NAE_ERA_R-1590_ENSV_Riiklik_Televisiooni-_ja_Raadiokomitee, lk 5
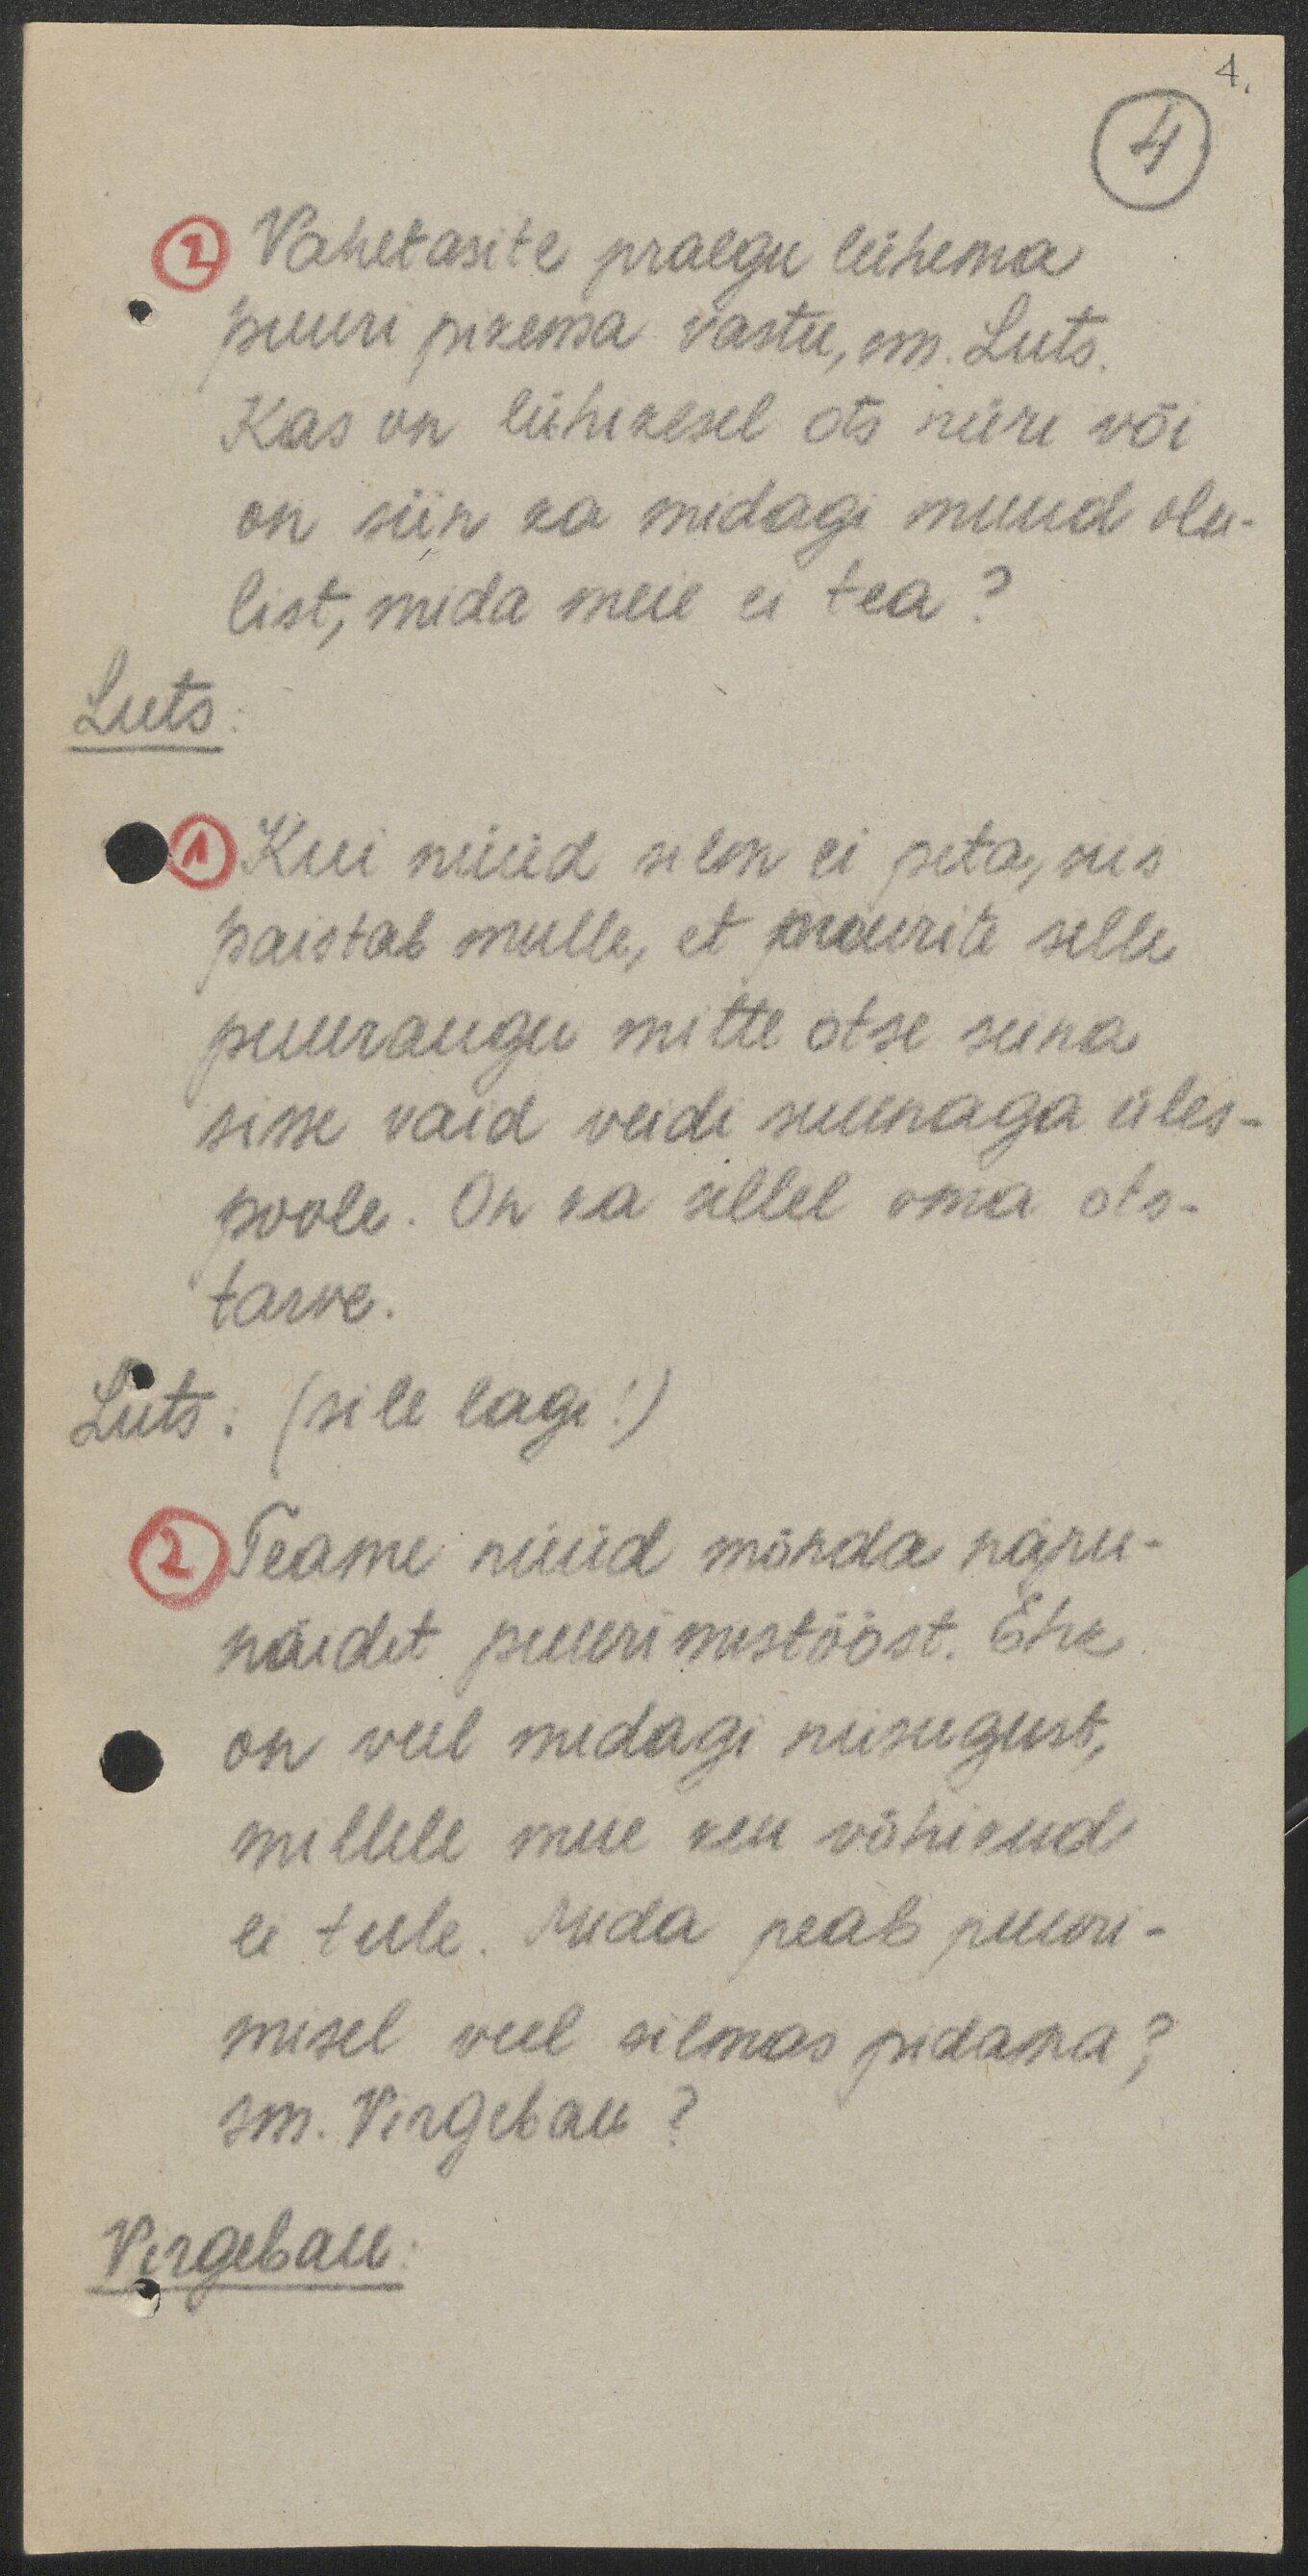
4.
4.
2 Vahetasite praegu lühema
puuri pikema vastu, sm. Luts.
Kas on lühikesel ots nüri või
on siin ka midagi muud olu-
list, mida meie ei tea?
Luts:
1 Kui nüüd silm ei peta, siis
paistab mulle, et puurite selle
puuraugu mitte otse seina
sisse vaid veidi suunaga üles-
poole. On ka sellel oma ots-
tarve.
Luts. (sile lagi!)
2 Teame nüüd mõnda näpu-
näidet puurimistööst. Ehk
on veel midagi niisugust,
millele meie kui võhikud
ei tule. Mida peab puuri-
misel veel silmas pidama?
sm. Virgebau?
Virgebau: